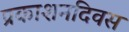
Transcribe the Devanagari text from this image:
प्रकाशनदिवस